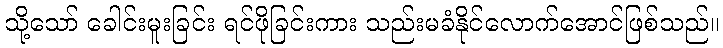
သို့သော် ခေါင်းမူးခြင်း ရင်ဖိုခြင်းကား သည်းမခံနိုင်လောက်အောင်ဖြစ်သည်။